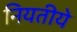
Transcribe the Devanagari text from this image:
नियतीये